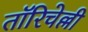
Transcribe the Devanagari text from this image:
तॉरिचेल्ली